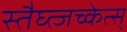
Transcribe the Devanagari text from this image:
स्तैघ्त्जच्केत्स्